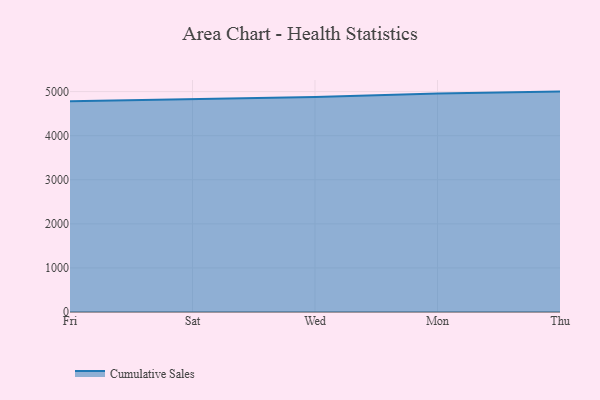
{"axis": {"x": "Day", "y": "Net Income (USD K)"}, "legend": ["Cumulative Sales"], "data": [{"x": "Fri", "y": 4779.7, "type": "Cumulative Sales"}, {"x": "Sat", "y": 4833.6, "type": "Cumulative Sales"}, {"x": "Wed", "y": 4879.9, "type": "Cumulative Sales"}, {"x": "Mon", "y": 4955.6, "type": "Cumulative Sales"}, {"x": "Thu", "y": 5000, "type": "Cumulative Sales"}]}